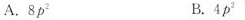
A.8p^{2} B.4p^{2}